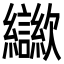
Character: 㱍